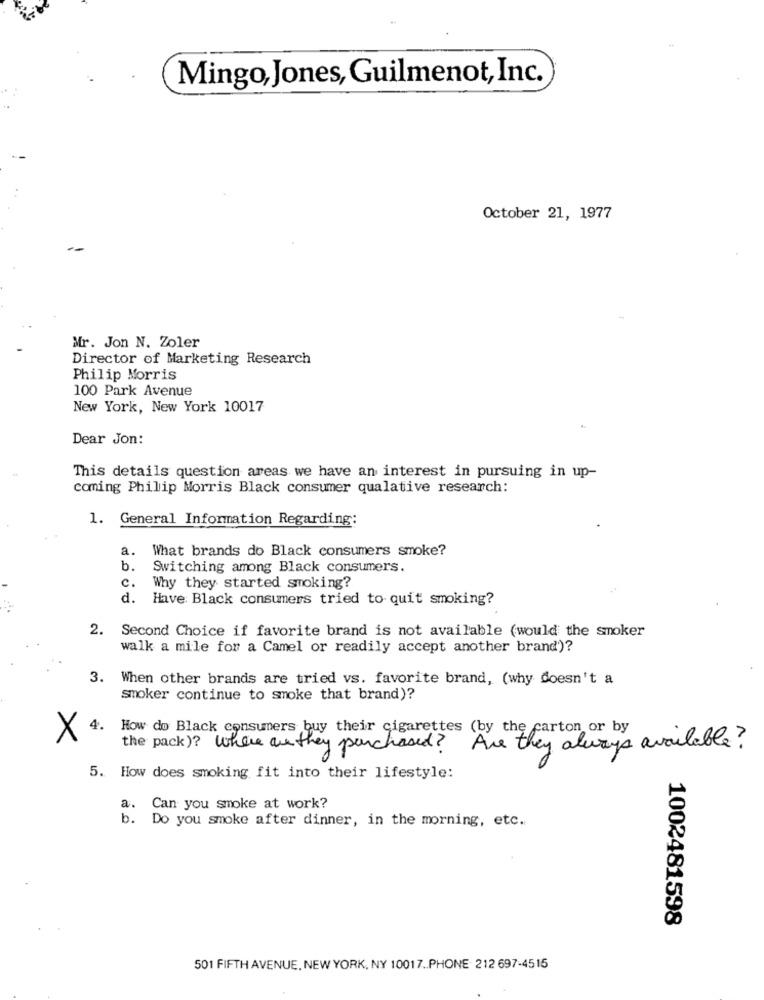
Mingo, Jones, Guilmenot, Inc.
October 21, 1977
Mr. Jon N. Zoler
Director of Marketing Research
Philip Morris
100 Park Avenue
New York, New York 10017
Dear Jon:
This details question areas we have an interest in pursuing in up-
coming Philip Morris Black consumer qualative research:
1. General Information Regarding:
a.
What brands do Black consumers smoke?
b.
Switching among Black consumers.
c.
Why they started smoking?
d.
Have Black consumers tried to quit smoking?
2. Second Choice if favorite brand is not available (would the smoker
walk a mile for a Camel or readily accept another brand)?
3. When other brands are tried vs. favorite brand, (why doesn't a
smoker continue to smoke that brand)?
4.
How do Black consumers buy their cigarettes (by the carton or by
X
the pack)? where are they purchased? Are they always available?
5. How does smoking fit into their lifestyle:
a.
Can you smoke at work?
b. Do you smoke after dinner, in the morning, etc.
1002481598
501 FIFTH AVENUE, NEW YORK, NY 10017 .. PHONE 212 697-4515